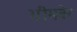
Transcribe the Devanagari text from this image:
भीमबेर